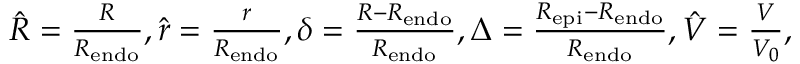
\begin{array} { r } { \hat { R } = \frac { R } { R _ { \mathrm { e n d o } } } , \hat { r } = \frac { r } { R _ { \mathrm { e n d o } } } , \delta = \frac { R - R _ { \mathrm { e n d o } } } { R _ { \mathrm { e n d o } } } , \Delta = \frac { R _ { \mathrm { e p i } } - R _ { \mathrm { e n d o } } } { R _ { \mathrm { e n d o } } } , \hat { V } = \frac { V } { V _ { 0 } } , } \end{array}